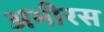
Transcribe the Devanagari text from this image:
अभीरस